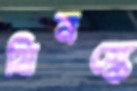
মিনস্কে